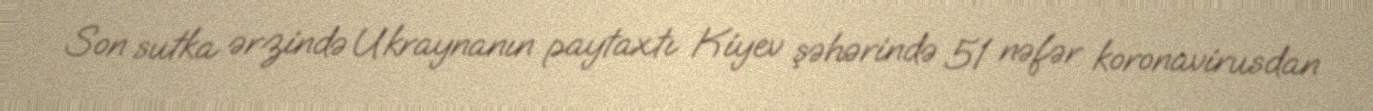
Son sutka ərzində Ukraynanın paytaxtı Kiyev şəhərində 51 nəfər koronavirusdan